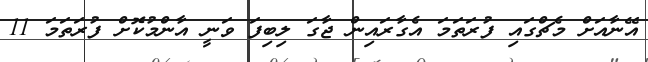
އޭނާއަށް މެޗްގައި ފުރަތަމަ އެގާރައިން ޖާގަ ލިބިފަަ ވަނީ އާންމުކޮށް ފުރަތަމަ 11